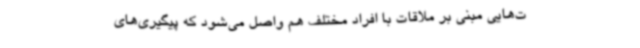
ت‌هایی مبنی بر ملاقات با افراد مختلف هم واصل می‌شود که پیگیری‌های